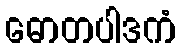
ဓောတပါဒကံ